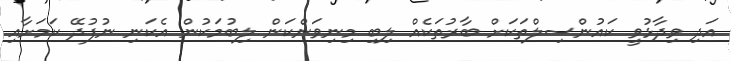
އަދި ވިދާޅުވީ ކައުންސިލްތަކަށް ބާރުތަކެއް ލިބި މިނިވަންކަން ލިބުމަކުން އެކަނި ނުފުދޭ ކަމަށާއި